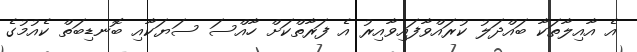
އެ އާއިލާތަކާ ބައްދަލު ކުރައްވާފައިވާއިރު އެ ފަރާތްކަށް ހާއްސަ ސަޔަކާއި ބޮނޑިބަތް ކެއުމުގެ